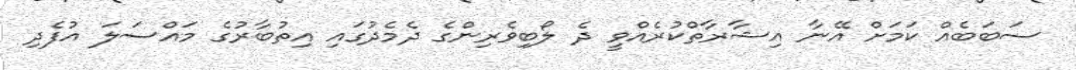
ސަބަބެއް ކަމަށް އޭނާ އިޝާރާތްކުރެއްވީ ދެ ލޯބިވެރިންގެ ދެމެދުގައި އިތުބާރުގެ މައްސަލަ އުފެދި